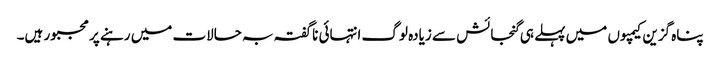
پناہ گزین کیمپوں میں پہلے ہی گنجائش سے زیادہ لوگ انتہائی ناگفتہ بہ حالات میں رہنے پر مجبور ہیں۔